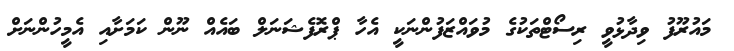
މައުރޫފު ވިދާޅުވީ ރިސޯޓްތަކުގެ މުވައްޒަފުންނަކީ އެހާ ޕްރޮފެޝަނަލް ބައެއް ނޫން ކަމަށާއި އެމީހުންނަށް